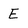
Character: E